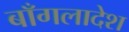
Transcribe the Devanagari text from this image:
बाँगलादेश